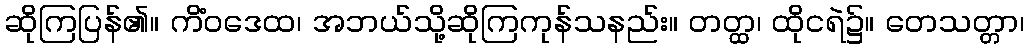
ဆိုကြပြန်၏။ ကိံဝဒေထ၊ အဘယ်သို့ဆိုကြကုန်သနည်း။ တတ္ထ၊ ထိုငရဲ၌။ တေသတ္တာ၊